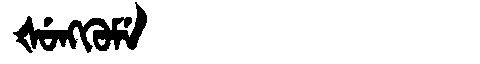
Manchu: ᡧᡠᠩᡴᡠᠮᡝ
Romanization: ŠUNGKUME